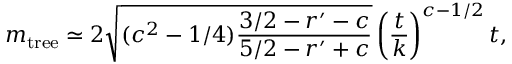
m _ { \mathrm { t r e e } } \simeq 2 \sqrt { ( c ^ { 2 } - 1 / 4 ) \frac { 3 / 2 - r ^ { \prime } - c } { 5 / 2 - r ^ { \prime } + c } } \left( \frac { t } { k } \right) ^ { c - 1 / 2 } t ,